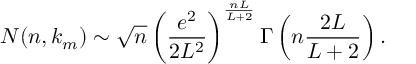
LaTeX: N ( n , k _ { m } ) \sim \sqrt { n } \left( \frac { e ^ { 2 } } { 2 L ^ { 2 } } \right) ^ { \frac { n L } { L + 2 } } \Gamma \left( n \frac { 2 L } { L + 2 } \right) .